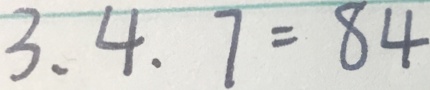
3 , 4 , 7 = 8 4